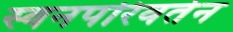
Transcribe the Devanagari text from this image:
स्वनपरिवर्तन